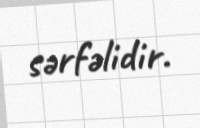
sərfəlidir.